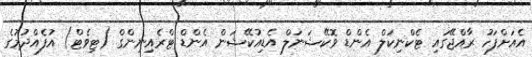
އެއަށްފަހު ރާއްޖޭގައި ޓެކްނިކަލް އެންޑް ވޮކޭޝަނަލް އެޑިއުކޭޝަން އެންޑް ޓްރެއިނިންގް (ޓިވެޓް) އުފެއްދުމުގެ